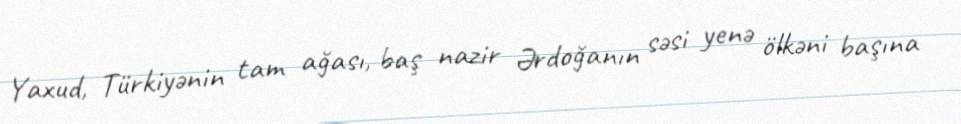
Yaxud, Türkiyənin tam ağası, baş nazir Ərdoğanın səsi yenə ölkəni başına